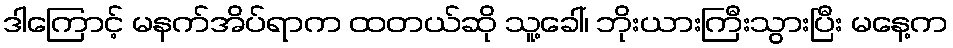
ဒါကြောင့် မနက်အိပ်ရာက ထတယ်ဆို သူ့ခေါ်၊ ဘိုးယားကြီးသွားပြီး မနေ့က